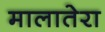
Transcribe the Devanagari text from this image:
मालातेरा